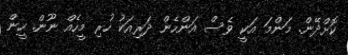
ކޮށްދޭން. މަންމަ އަކީ ވެސް އަންހެން ދަރިއަކު ހުރި މީހެއް ނޫން. ހީން